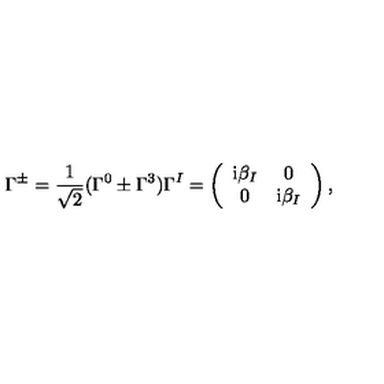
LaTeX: \Gamma ^ { \pm } = \frac { 1 } { \sqrt { 2 } } ( \Gamma ^ { 0 } \pm \Gamma ^ { 3 } ) \Gamma ^ { I } = \left( \begin{array} { c c } { \mathrm { i } \beta _ { I } } & { 0 } \\ { 0 } & { \mathrm { i } \beta _ { I } } \\ \end{array} \right) ,